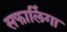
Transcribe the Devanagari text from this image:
सफालिंगा